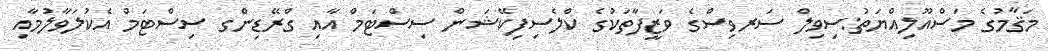
މަޤާމުގެ މަސްއޫލިއްޔަތު:ސިވިލް ސަރވިސްގެ ވަޒީފާތަކުގެ ކްލެސިފިކޭޝަން ސިސްޓަމް އާއި ގްރޭޑިންގ ސިސްޓަމް އެކުލަވާލުމާއި